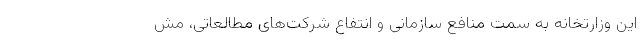
این وزارتخانه به سمت منافع سازمانی و انتفاع شرکت‌های مطالعاتی، مش